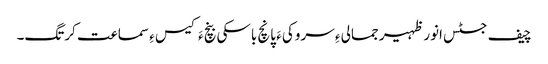
چیف جسٹس انور ظہیر جمالی ءِ سروکی ءَ پانچ باسکی بنچ ءَ کیس ءِ سماعت کرتگ۔